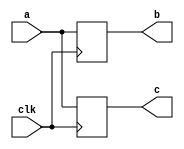
module block (clk,a,b,c);
input clk;
output [3:0] b,c;
input [3:0] a;

reg [3:0] b,c;

always @(posedge clk)
begin 
	b =a;
	c =b;

end 



//this line is added as a test for using github.

endmodule